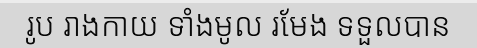
រូប រាងកាយ ទាំងមូល រមែង ទទួលបាន